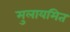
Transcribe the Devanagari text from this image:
मुलायमित